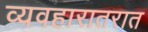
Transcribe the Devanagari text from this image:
व्यवहारातरात